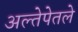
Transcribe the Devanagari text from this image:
अल्तेपेतले